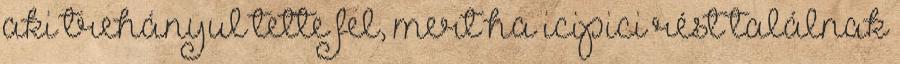
aki trehányul tette fel, mert ha icipici rést találnak